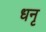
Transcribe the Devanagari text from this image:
धनृ